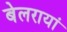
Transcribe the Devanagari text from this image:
बेलरायां